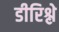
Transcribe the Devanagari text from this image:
डीरिश्ले